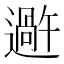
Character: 𬩕